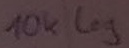
Text: 10k log